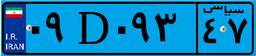
۰۹D۰۹۳۴۷